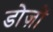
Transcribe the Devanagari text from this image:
डोज़ों